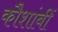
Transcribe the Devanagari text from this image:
कौशांबीं